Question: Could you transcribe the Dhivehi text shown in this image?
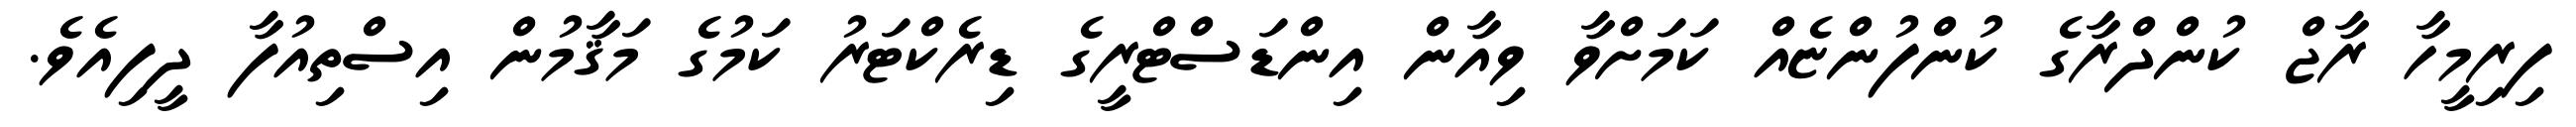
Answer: ފިރިމީހާ ރާޖް ކުންދްރާގެ ކުންފުންޏެއް ކަމަށްވާ ވިއާން އިންޑަސްޓްރީގެ ޑިރެކްޓަރު ކަމުގެ މަޤާމުން އިސްތިއުފާ ދީފިއެވެ.